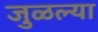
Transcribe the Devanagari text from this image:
जुळल्या